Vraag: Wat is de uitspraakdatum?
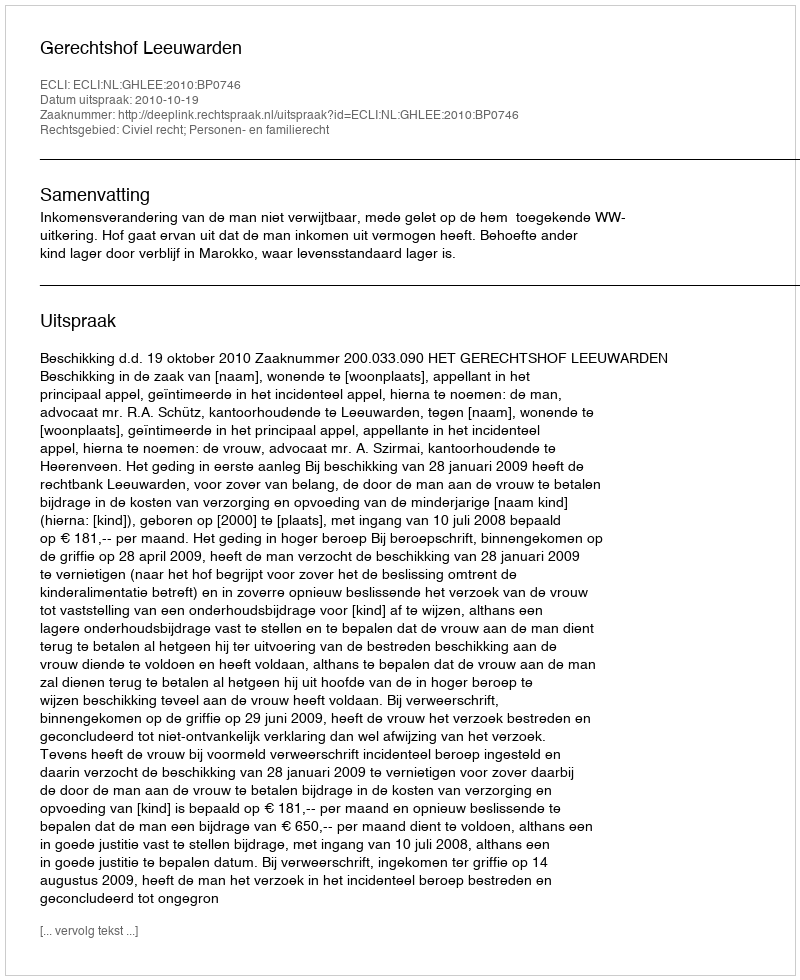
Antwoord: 2010-10-19